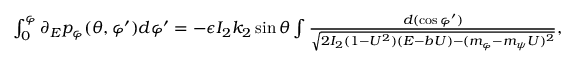
\begin{array} { r } { \int _ { 0 } ^ { \varphi } \partial _ { E } p _ { \varphi } ( \theta , \varphi ^ { \prime } ) d \varphi ^ { \prime } = - \epsilon I _ { 2 } k _ { 2 } \sin \theta \int \frac { d ( \cos \varphi ^ { \prime } ) } { \sqrt { 2 I _ { 2 } ( 1 - U ^ { 2 } ) ( E - b U ) - ( m _ { \varphi } - m _ { \psi } U ) ^ { 2 } } } , } \end{array}